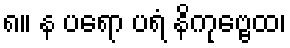
၈။ န ပရော ပရံ နိကုဗ္ဗေထ၊